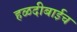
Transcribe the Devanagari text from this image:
हळदीबाईच